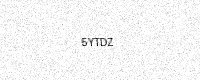
Text: 5YTDZ